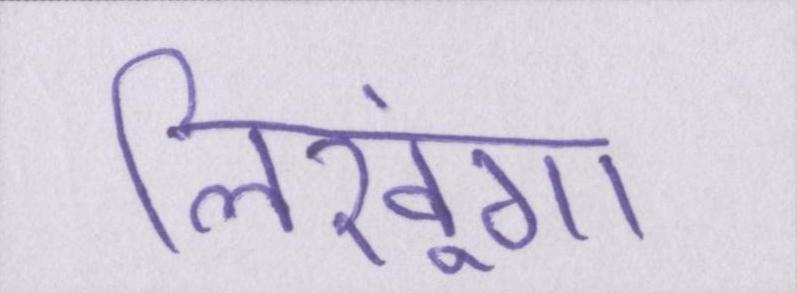
लिखूंगा